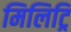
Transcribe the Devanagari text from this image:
मिलिट्रि